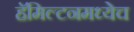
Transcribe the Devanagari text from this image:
हॅमिल्टनमध्येच